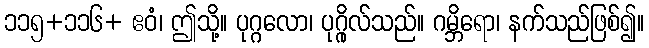
၁၁၅+၁၁၆+ ဧဝံ၊ ဤသို့။ ပုဂ္ဂလော၊ ပုဂ္ဂိုလ်သည်။ ဂမ္ဘိရော၊ နက်သည်ဖြစ်၍။